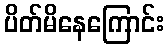
ပိတ်မိနေကြောင်း